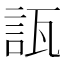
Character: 𧧀